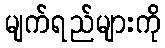
မျက်ရည်များကို